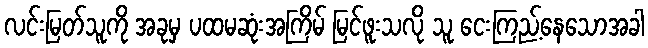
လင်းမြတ်သူကို အခုမှ ပထမဆုံးအကြိမ် မြင်ဖူးသလို သူ ငေးကြည့်နေသောအခါ